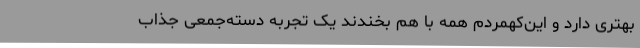
بهتری دارد و این‌کهمردم همه با هم بخندند یک تجربه دسته‌جمعی جذاب